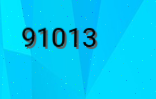
91013